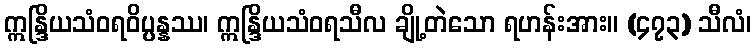
ဣန္ဒြိယသံဝရဝိပ္ပန္နဿ၊ ဣန္ဒြိယသံဝရသီလ ချို့တဲသော ရဟန်းအား။ (၄၇၃) သီလံ၊